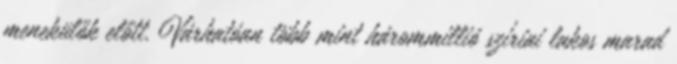
menekülők előtt. Várhatóan több mint hárommillió szíriai lakos marad